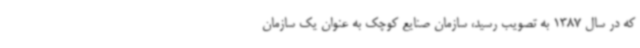
که در سال 1387 به تصویب رسید، سازمان صنایع کوچک به عنوان یک سازمان